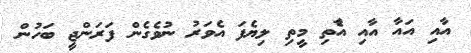
އާއި އައާ އާއި އާެތި މީތި ލިޔެފަ އެވަރު ނުވެގެން ފަރަންޖީ ބަހުން